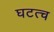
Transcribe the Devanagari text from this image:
घटत्च